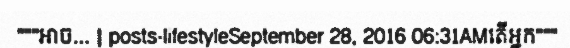
"""អាច... | posts-lifestyleSeptember 28, 2016 06:31AMតើអ្នក"""